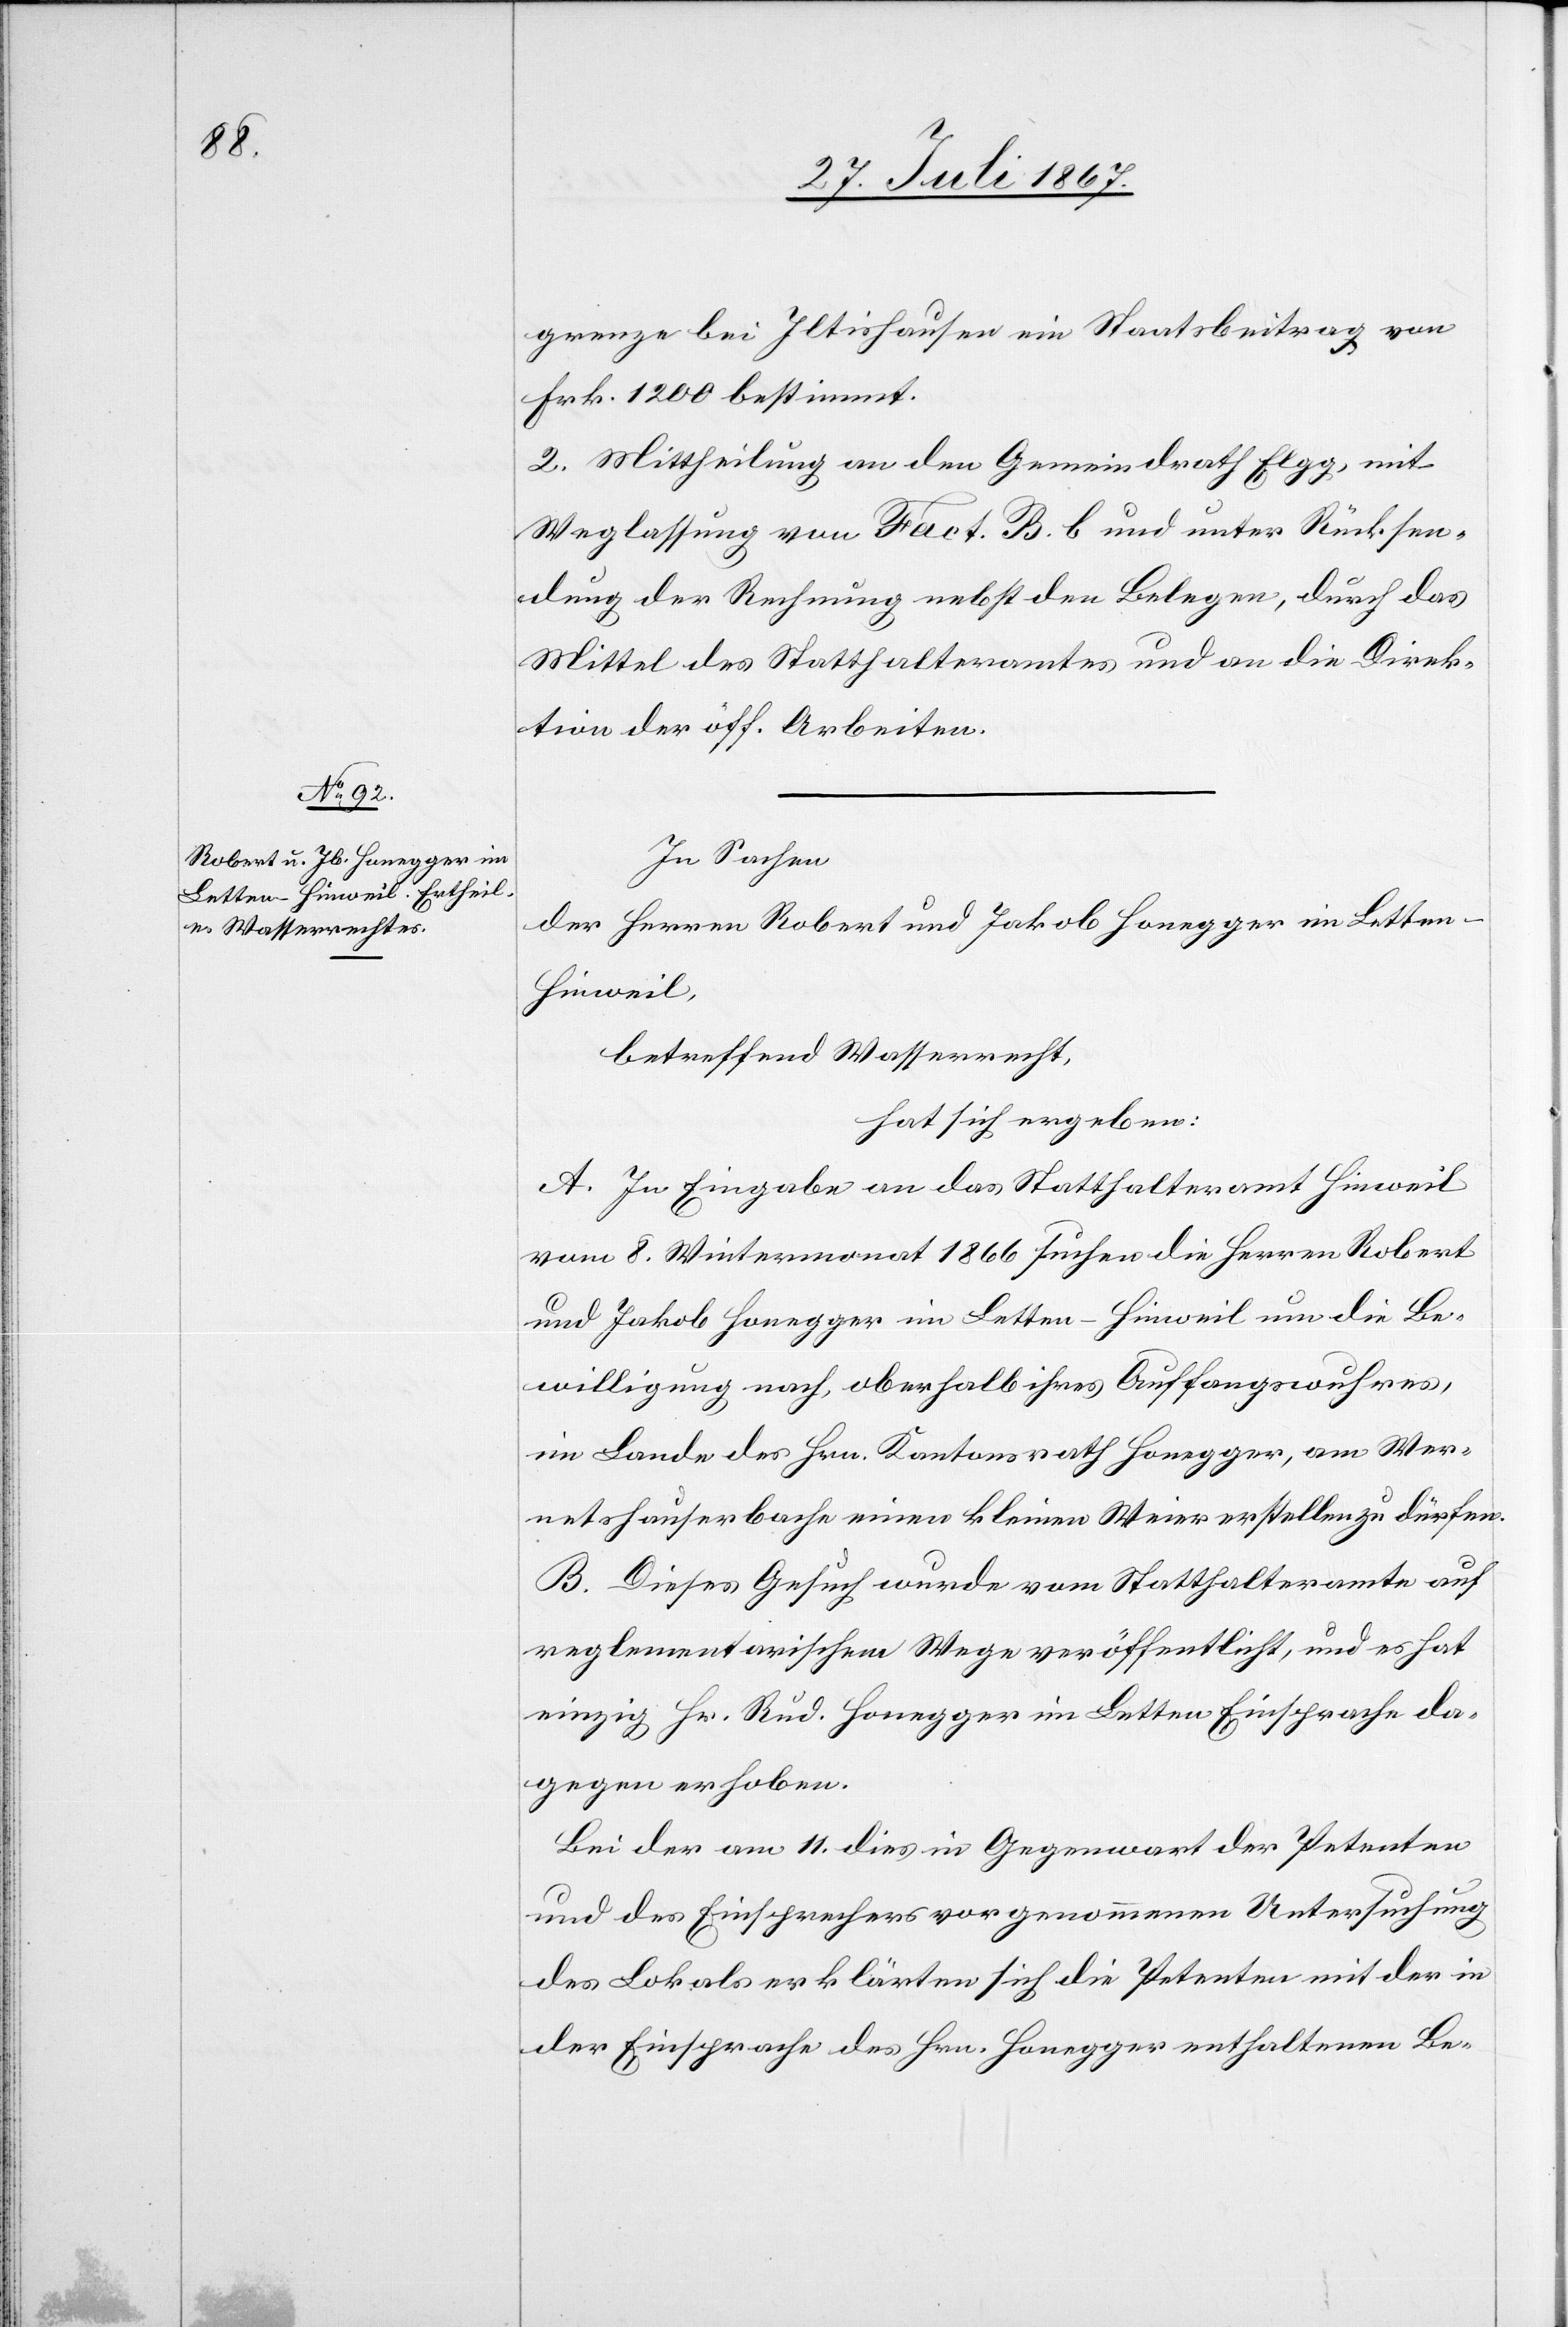
grenze bei Iltishausen ein Staatsbeitrag von
Frk. 1200 bestimmt.
2. Mittheilung an den Gemeindrath Elgg, mit
Weglassung von Fact. B. b und unter Rücksen¬
dung der Rechnung nebst den Belegen, durch das
Mittel des Statthalteramtes und an die Direk¬
tion der öff. Arbeiten.
In Sachen
der Herren Robert und Jakob Honegger im Lette¬
n-Hinweil,
betreffend Wasserrecht,
hat sich ergeben:
A. In Eingabe an das Statthalteramt Hinweil
vom 8. Wintermonat 1866 suchen die Herren Robert
und Jakob Honegger im Letten-Hinweil um die Be¬
willigung nach, oberhalb ihres Auffangswuhres,
im Lande des Hrn. Kantonsrath Honegger, am Wer¬
netshauserbache einen kleinen Weier erstellen zu dürfen.
B. Dieses Gesuch wurde vom Statthalteramte auf
reglementarischem Wege veröffentlicht, und es hat
einzig Hr. Rud. Honegger im Letten Einsprache da¬
gegen erhoben.
Bei der am 11. dies in Gegenwart der Petenten
und des Einsprecher vorgenommenen Untersuchung
des Lokals erklärten sich die Petenten mit der in
der Einsprache des Hrn. Honegger enthaltenen Be-